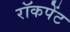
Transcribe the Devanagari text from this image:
रॉकपेंट